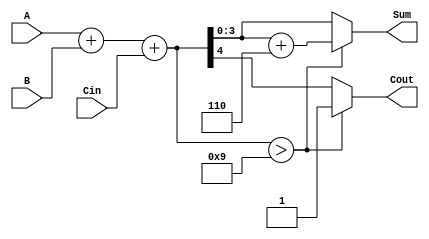
module BCD_Conditional_Adder (
    input  wire [3:0] A,      // First BCD digit
    input  wire [3:0] B,      // Second BCD digit
    input  wire Cin,          // Carry-in
    output reg  [3:0] Sum,    // BCD Sum output
    output reg  Cout          // Carry-out
);

    // Internal signal for the binary sum
    wire [4:0] S; // 5 bits to accommodate the maximum sum of 19 (0x13)
    
    // Binary addition of A, B, and Cin
    assign S = A + B + Cin;

    always @(*) begin
        // Initialize outputs
        Sum = 4'b0000;
        Cout = 1'b0;

        // Check if the sum exceeds the BCD limit (9)
        if (S > 4'b1001) begin
            // If it does, add 6 to correct the BCD representation
            Sum = S + 4'b0110; // Add 6
            Cout = 1'b1;       // Set carry-out
        end else begin
            // If it does not exceed, just assign the sum
            Sum = S[3:0];      // Assign the lower 4 bits
            Cout = S[4];       // Carry-out is the 5th bit
        end
    end

endmodule